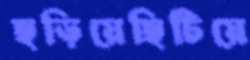
ছড়িয়েছিটিয়ে